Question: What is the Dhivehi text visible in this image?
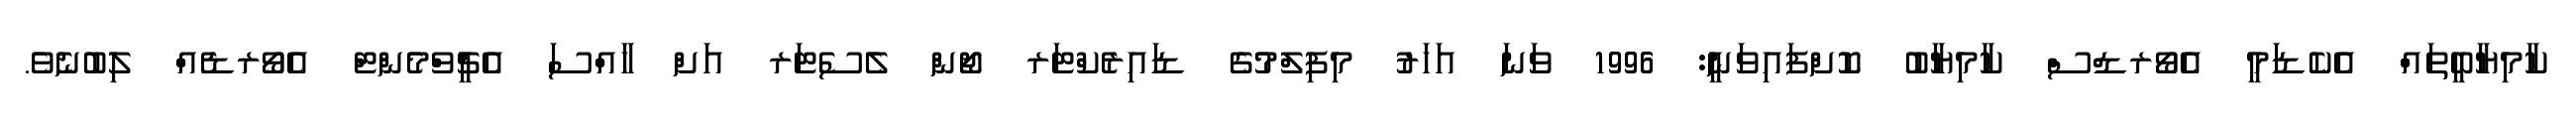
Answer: ކާމިޔާބީތައް އެކެޑަމީ އެވޯރޑްސް ކާމިޔާބު ކޮށްފައިވަނީ: 1996 ވަނަ އަހަރު މިފިލްމުގެ ޑައިރެކްޓަރ ޖޯން ލެސެޓަރ އަށް ހާއްސަ އެޗީވްމެންޓް އެވޯރޑެއް ލިބުނެވެ.